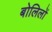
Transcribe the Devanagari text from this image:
बोलिलों